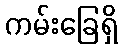
ကမ်းခြေရှိ